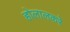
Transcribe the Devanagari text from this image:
होलालकरे